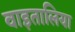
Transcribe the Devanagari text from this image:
वाइतालिया